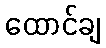
ထောင်ချ